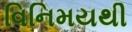
વિનિમયથી